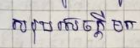
សរុបសេចក្តីមក